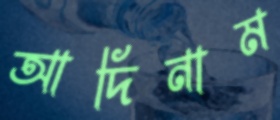
আদিনাম